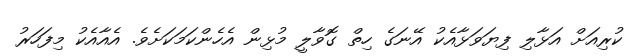
ކުރިއަށް އަޅާލި ފިޔަވަޅާއެކު އޭނަގެ ހިތް ގޮވާލީ މުޅިން އެހެންކަމަކަށެވެ. އެއާއެކު މިފަހަރު